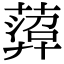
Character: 𦻟